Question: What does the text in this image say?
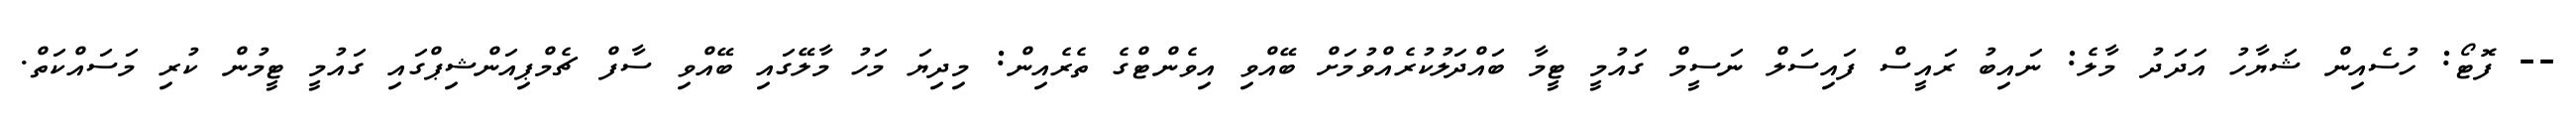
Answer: -- ފޮޓޯ: ހުސެއިން ޝަޔާހު އަދަދު މާލެ: ނައިބު ރައީސް ފައިސަލް ނަސީމް ގައުމީ ޓީމާ ބައްދަލުކުރެއްވުމަށް ބޭއްވި އިވެންޓްގެ ތެރެއިން: މިދިޔަ މަހު މާލޭގައި ބޭއްވި ސާފް ޗެމްޕިއަންޝިޕްގައި ގައުމީ ޓީމުން ކުރި މަސައްކަތް.